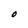
Character: O